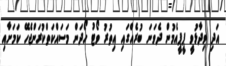
އަދި ވިދާޅުވީ ޕީޕީއެމުން ދެވަނަ ބުރެއްގައި އިތުރު ވޯޓު ހޯދަން މަސައްކަތްކުރަންޖެހޭ ކަމަށާއި